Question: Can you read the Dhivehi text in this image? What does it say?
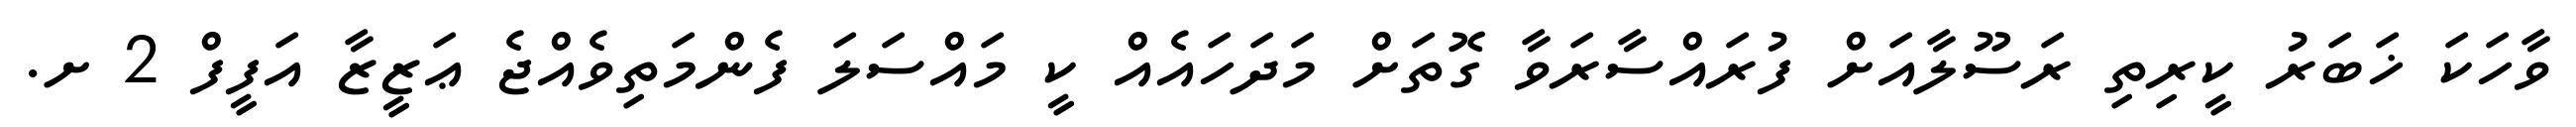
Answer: ވާހަކަ ޚަބަރު ކީރިތި ރަސޫލާއަށް ފުރައްސާރަވާ ގޮތަށް މަދަހައެއް ކީ މައްސަލަ ފެންމަތިވެއްޖެ ޢަޒީޒާ އަފީފް 2 ށ.